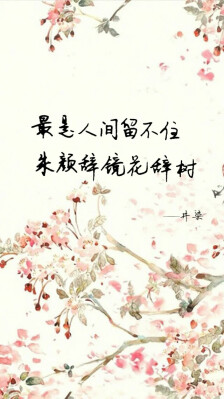
最是人间留不住，朱颜辞镜花辞树。